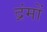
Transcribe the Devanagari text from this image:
द्रंमों